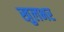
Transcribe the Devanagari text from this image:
खुलभर